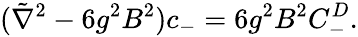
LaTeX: (\tilde{\nabla}^{2}-6g^{2}B^{2})c_{-}=6g^{2}B^{2}C_{-}^{D}.